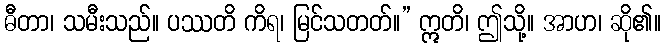
ဓီတာ၊ သမီးသည်။ ပဿတိ ကိရ၊ မြင်သတတ်။” ဣတိ၊ ဤသို့။ အာဟ၊ ဆို၏။